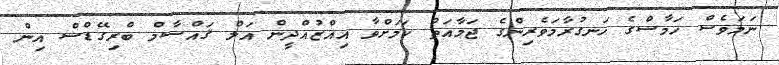
ނަމަވެސް ހަމާސްގެ ހަނގުރާމަވެރިންގެ ޖަމާއަތް ކަމަށްވާ އިއްޒުއްދީން އަލް ޤައްސާމް ބްރިގޭޑްސް އިން